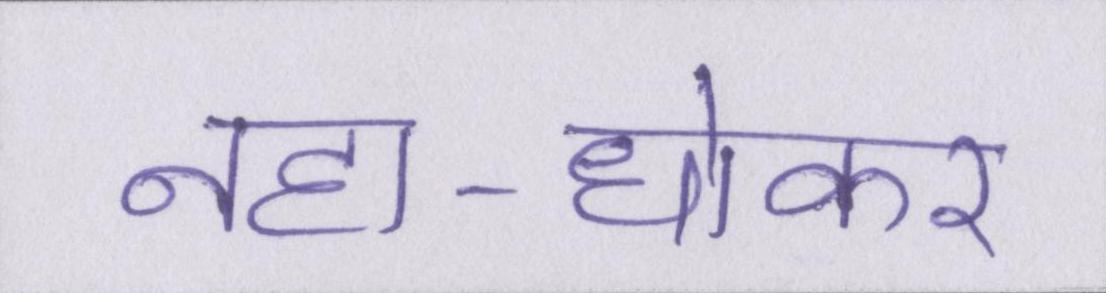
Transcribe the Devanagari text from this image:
नहा-धोकर